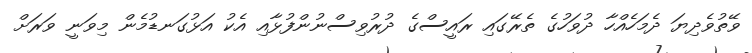
ވޭތުވެދިޔަ ދެމަހެއްހާ ދުވަހުގެ ތެރޭގައި ރައީސްގެ ދުރުވިސްނުންފުޅާއި އެކު އަޅުގަނޑުމެން މިވަނީ ވަރަށް